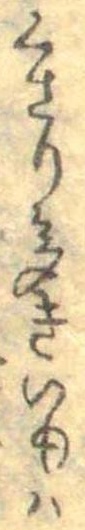
くさり多きいもは